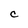
Character: C